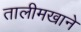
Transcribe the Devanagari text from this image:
तालीमखाने